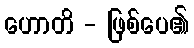
ဟောတိ - ဖြစ်ပေ၏